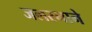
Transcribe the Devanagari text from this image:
जलस्नाने